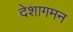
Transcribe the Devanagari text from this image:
देशागमन